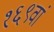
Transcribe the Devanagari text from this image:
१६९वां